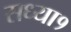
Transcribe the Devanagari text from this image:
सध्या१